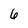
Character: 6